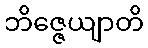
ဘိဇ္ဇေယျာတိ